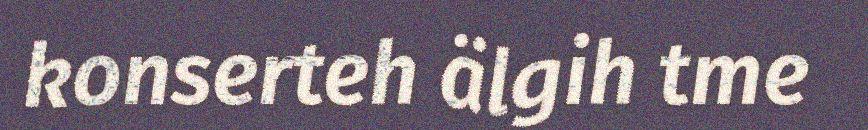
konserteh älgih tme